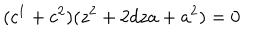
( c ^ { 1 } + c ^ { 2 } ) ( z ^ { 2 } + 2 d z a + a ^ { 2 } ) = 0